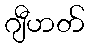
ဂျီဟတ်